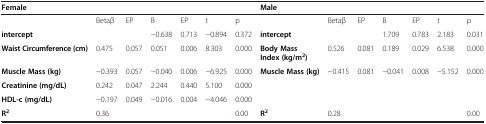
| <COLSPAN=3> Female |  |  |  |  | <COLSPAN=2> Male |  |  |  |  |  |
 | --- | --- | --- | --- | --- | --- | --- | --- | --- | --- | --- | --- | --- | --- |
 |  | Betaβ | EP | B | EP | t | p |  | Betaβ | EP | B | EP | t | p |
 | intercept |  |  | −0.638 | 0.713 | −0.894 | 0.372 | intercept |  |  | 1.709 | 0.783 | 2.183 | 0.031 |
 | Waist Circumference (cm) | 0.475 | 0.057 | 0.051 | 0.006 | 8.303 | 0.000 | Body Mass Index (kg/m2) | 0.526 | 0.081 | 0.189 | 0.029 | 6.538 | 0.000 |
 | Muscle Mass (kg) | −0.393 | 0.057 | −0.040 | 0.006 | −6.925 | 0.000 | Muscle Mass (kg) | −0.415 | 0.081 | −0.041 | 0.008 | −5.152 | 0.000 |
 | Creatinine (mg/dL) | 0.242 | 0.047 | 2.244 | 0.440 | 5.100 | 0.000 |  |  |  |  |  |  |  |
 | HDL-c (mg/dL) | −0.197 | 0.049 | −0.016 | 0.004 | −4.046 | 0.000 |  |  |  |  |  |  |  |
 | R2 | 0.36 |  |  |  |  | 0.00 | R2 | 0.28 |  |  |  |  | 0.00 |